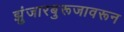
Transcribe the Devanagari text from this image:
झुंजारबुरूजावरून